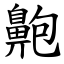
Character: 䶌